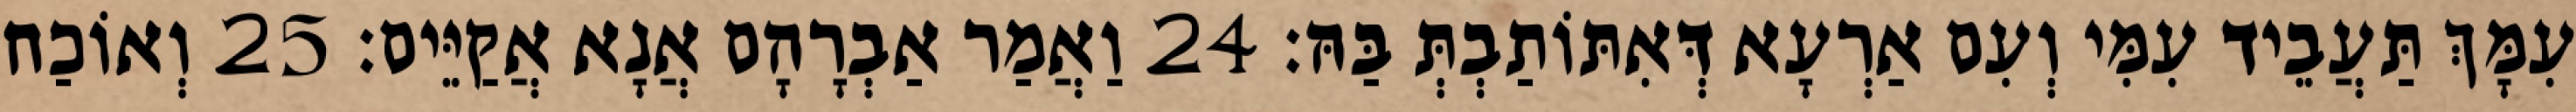
עִמָּךְ תַּעֲבֵיד עִמִּי וְעִם אַרְעָא דְּאִתּוֹתַבְתְּ בַּהּ׃ 24 וַאֲמַר אַבְרָהָם אֲנָא אֲקַיֵּים׃ 25 וְאוֹכַח